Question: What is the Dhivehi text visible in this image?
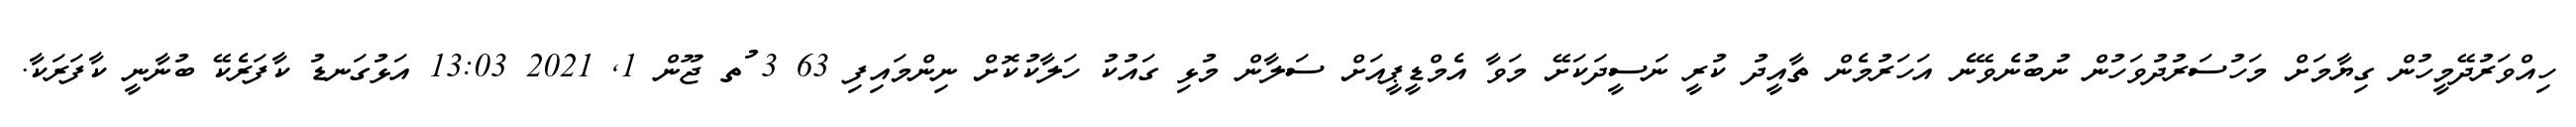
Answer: ހިއްވަރުދޭމީހުން ގިޔާމަށް މަހުސަރުދުވަހުން ނުބުނެވޭނެ އަހަރުމެން ތާއީދު ކުރީ ނަސީދަކަށޭ މަވާ އެމްޑީޕީއަށް ސަލާން މުޅި ގައުކު ހަލާކުކޮށް ނިންމައިފި 63 3 ުތ ޖޫން 1, 2021 13:03 އަޅުގަނޑު ކާފަރެކޭ ބުނާނީ ކާފަރަކާ.